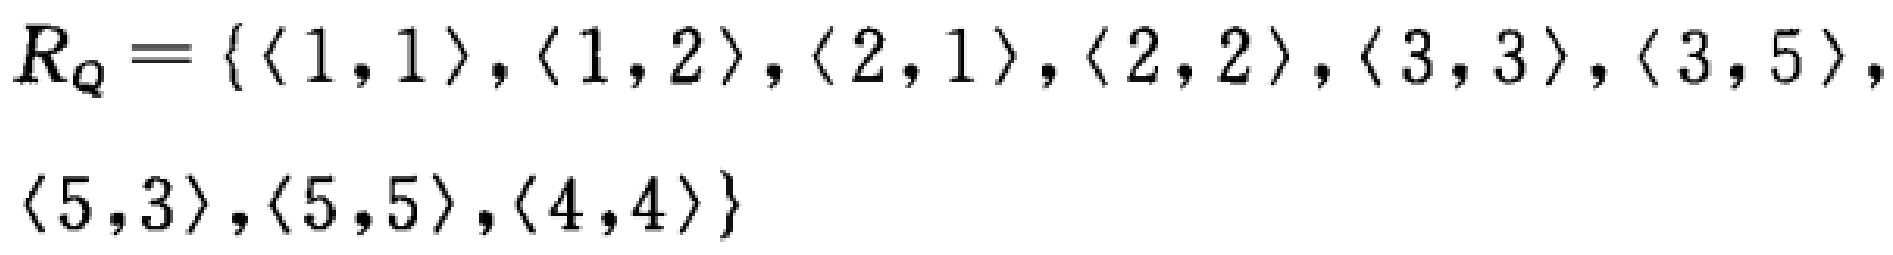
$R_Q = \{ \langle 1,1\rangle, \langle 1,2\rangle, \langle 2,1\rangle, \langle 2,2\rangle, \langle 3,3\rangle, \langle 3,5\rangle, \langle 5,3\rangle, \langle 5,5\rangle, \langle 4,4\rangle\}$